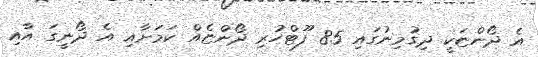
އެ ދޯންޏަކީ ދިގުމިނުގައި 85 ފޫޓްހުރި ދޯންޏެއް ކަމަށާއި އެ ދޯނީގަ އާއި